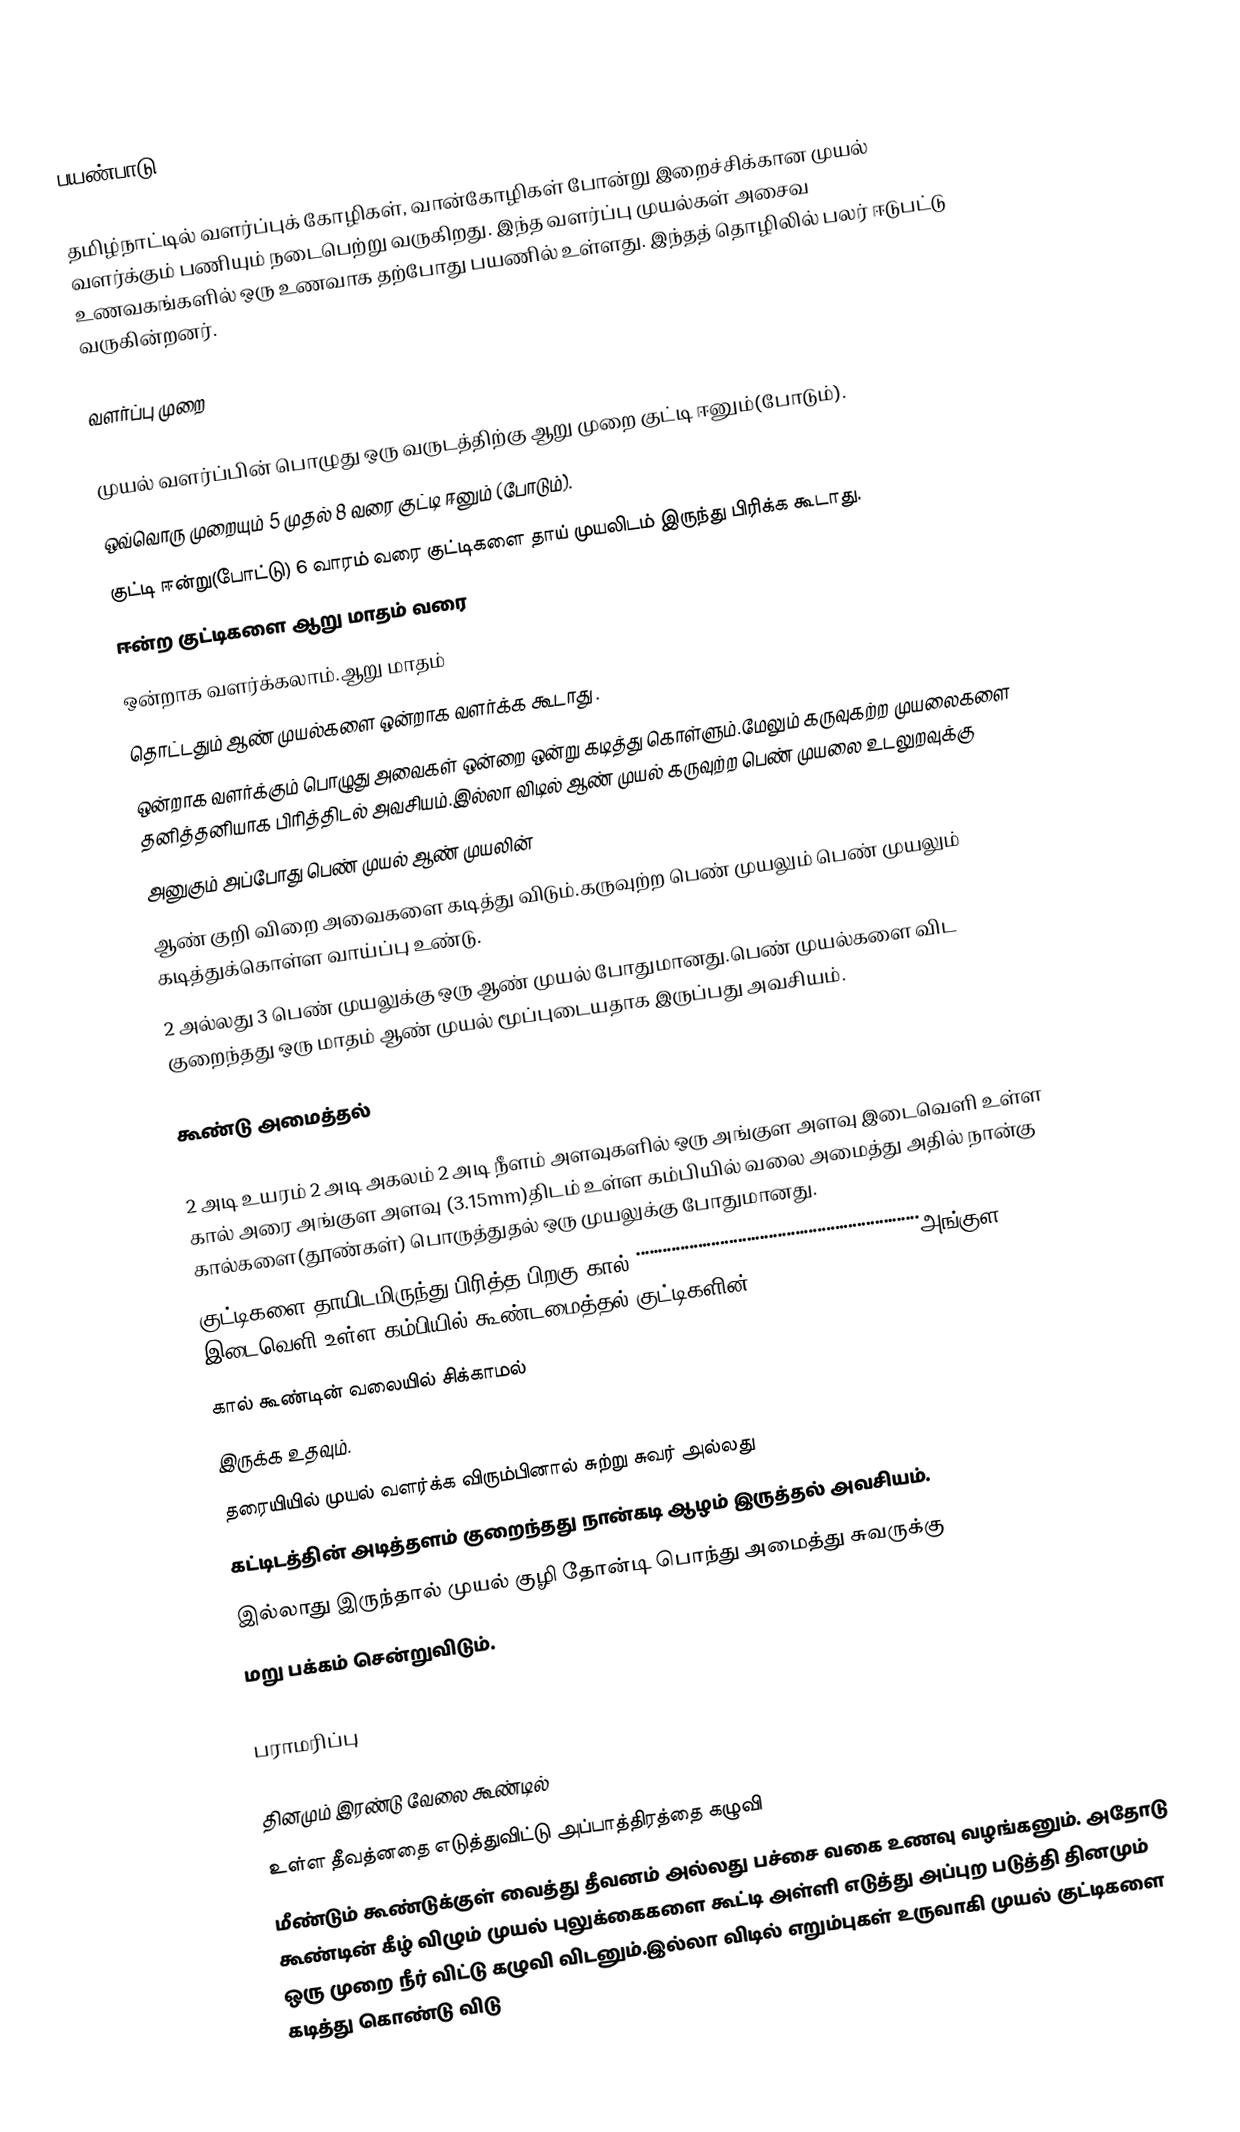
பயண்பாடு

தமிழ்நாட்டில் வளர்ப்புக் கோழிகள், வான்கோழிகள் போன்று இறைச்சிக்கான முயல் வளர்க்கும் பணியும் நடைபெற்று வருகிறது. இந்த வளர்ப்பு முயல்கள் அசைவ உணவகங்களில் ஒரு உணவாக தற்போது பயணில் உள்ளது. இந்தத் தொழிலில் பலர் ஈடுபட்டு வருகின்றனர்.

வளர்ப்பு முறை

முயல் வளர்ப்பின் பொழுது ஒரு வருடத்திற்கு ஆறு முறை குட்டி ஈனும்(போடும்).
ஒவ்வொரு முறையும் 5 முதல் 8 வரை குட்டி ஈனும் (போடும்).
குட்டி ஈன்று(போட்டு) 6 வாரம் வரை குட்டிகளை தாய் முயலிடம் இருந்து பிரிக்க கூடாது.
ஈன்ற குட்டிகளை ஆறு மாதம் வரை
ஒன்றாக வளர்க்கலாம்.ஆறு மாதம்
தொட்டதும் ஆண் முயல்களை ஒன்றாக வளர்க்க கூடாது .
ஒன்றாக வளர்க்கும் பொழுது அவைகள் ஒன்றை ஒன்று கடித்து கொள்ளும்.மேலும் கருவுகற்ற முயலைகளை தனித்தனியாக பிரித்திடல் அவசியம்.இல்லா விடில் ஆண் முயல் கருவுற்ற பெண் முயலை உடலுறவுக்கு
அனுகும் அப்போது பெண் முயல் ஆண் முயலின்
ஆண் குறி விறை அவைகளை கடித்து விடும்.கருவுற்ற பெண் முயலும் பெண் முயலும் கடித்துக்கொள்ள வாய்ப்பு உண்டு.
2 அல்லது 3 பெண் முயலுக்கு ஒரு ஆண் முயல் போதுமானது.பெண் முயல்களை விட குறைந்தது ஒரு மாதம் ஆண் முயல் மூப்புடையதாக இருப்பது அவசியம்.

கூண்டு அமைத்தல்

2 அடி உயரம் 2 அடி அகலம் 2 அடி நீளம் அளவுகளில் ஒரு அங்குள அளவு இடைவெளி உள்ள கால் அரை அங்குள அளவு (3.15mm)திடம் உள்ள கம்பியில் வலை அமைத்து அதில் நான்கு கால்களை(தூண்கள்) பொருத்துதல் ஒரு முயலுக்கு போதுமானது.
குட்டிகளை தாயிடமிருந்து பிரித்த பிறகு கால் ்்்்்்்்்்்்்்்்்்்்்்்்்்்்்்்்்்்்்்்்்்்்்்்்்்்்்்்்்்்்்்்்அங்குள இடைவெளி உள்ள கம்பியில் கூண்டமைத்தல் குட்டிகளின்
கால் கூண்டின் வலையில் சிக்காமல்
இருக்க உதவும்.
தரையியில் முயல் வளர்க்க விரும்பினால் சுற்று சுவர் அல்லது
கட்டிடத்தின் அடித்தளம் குறைந்தது நான்கடி ஆழம் இருத்தல் அவசியம்.
இல்லாது இருந்தால் முயல் குழி தோன்டி பொந்து அமைத்து சுவருக்கு
மறு பக்கம் சென்றுவிடும்.

பராமரிப்பு

தினமும் இரண்டு வேலை கூண்டில்
உள்ள தீவத்னதை எடுத்துவிட்டு அப்பாத்திரத்தை கழுவி
மீண்டும் கூண்டுக்குள் வைத்து தீவனம் அல்லது பச்சை வகை உணவு வழங்கனும். அதோடு கூண்டின் கீழ் விழும் முயல் புலுக்கைகளை கூட்டி அள்ளி எடுத்து அப்புற படுத்தி தினமும் ஒரு முறை நீர் விட்டு கழுவி விடனும்.இல்லா விடில் எறும்புகள் உருவாகி முயல் குட்டிகளை கடித்து கொண்டு விடு